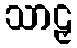
သာဠှ